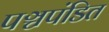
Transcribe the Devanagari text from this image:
पञ्चपंडित